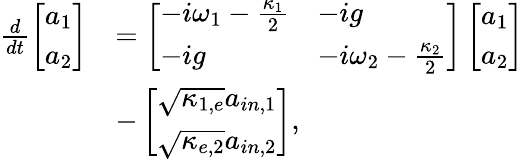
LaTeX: \begin{array}{rl}{\frac{d}{dt}\left[\begin{array}{l}{a_{1}}\\ {a_{2}}\end{array}\right]}&{=\left[\begin{array}{ll}{-i\omega_{1}-\frac{\kappa_{1}}{2}}&{-ig}\\ {-ig}&{-i\omega_{2}-\frac{\kappa_{2}}{2}}\end{array}\right]\left[\begin{array}{l}{a_{1}}\\ {a_{2}}\end{array}\right]}\\ &{-\left[\begin{array}{l}{\sqrt{\kappa_{1,e}}a_{in,1}}\\ {\sqrt{\kappa_{e,2}}a_{in,2}}\end{array}\right],}\end{array}